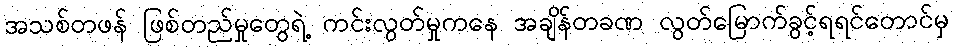
အသစ်တဖန် ဖြစ်တည်မှုတွေရဲ့ ကင်းလွတ်မှုကနေ အချိန်တခဏ လွတ်မြောက်ခွင့်ရရင်တောင်မှ